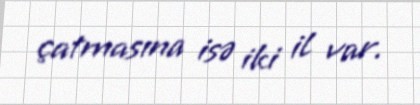
çatmasına isə iki il var.